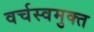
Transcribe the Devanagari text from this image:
वर्चस्वमुक्त